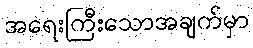
အရေးကြီးသောအချက်မှာ